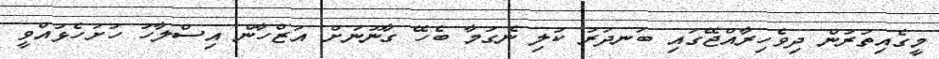
މީގެއިތުރުން ދިވެހިރާއްޖޭގައި ބަނދަރު ކުލި ނެގުމާ ބެހޭ ގާނޫނަށް އަޒްހާން އިސްލާހު ހުށަހެޅުއްވީ